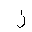
Letter: _zay